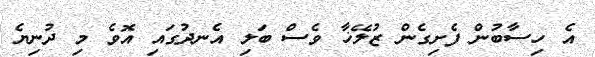
އެ ހިސާބުން ފެށިގެން ޒުލޭޚާ ވެސް ބަލި އެނދުގައި އޮވެ މި ދުނިޔެ